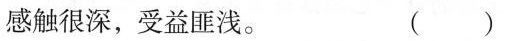
感触很深，受益匪浅。 ()